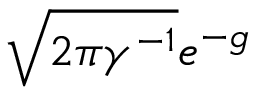
{ \sqrt { 2 \pi \gamma ^ { - 1 } } } e ^ { - g }